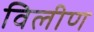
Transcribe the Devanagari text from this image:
विलीण